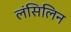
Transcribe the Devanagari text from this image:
लंसिलिन